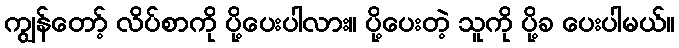
ကျွန်တော့် လိပ်စာကို ပို့ပေးပါလား။ ပို့ပေးတဲ့ သူကို ပို့ခ ပေးပါမယ်။